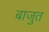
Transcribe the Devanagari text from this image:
बाजुत